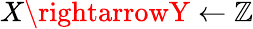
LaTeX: X\rightarrowY\leftarrow\mathbb{Z}